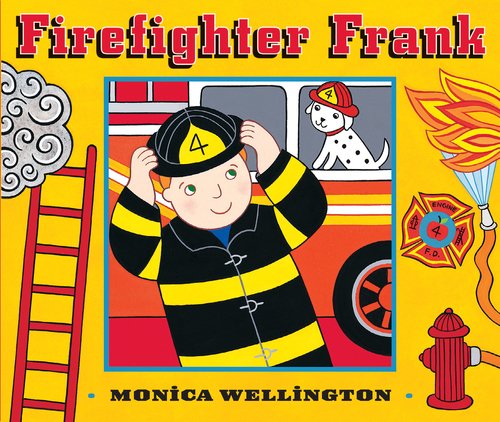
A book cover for Firefighter Frank Board Book Edition; Monica Wellington; Children's Books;